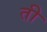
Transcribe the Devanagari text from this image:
ती